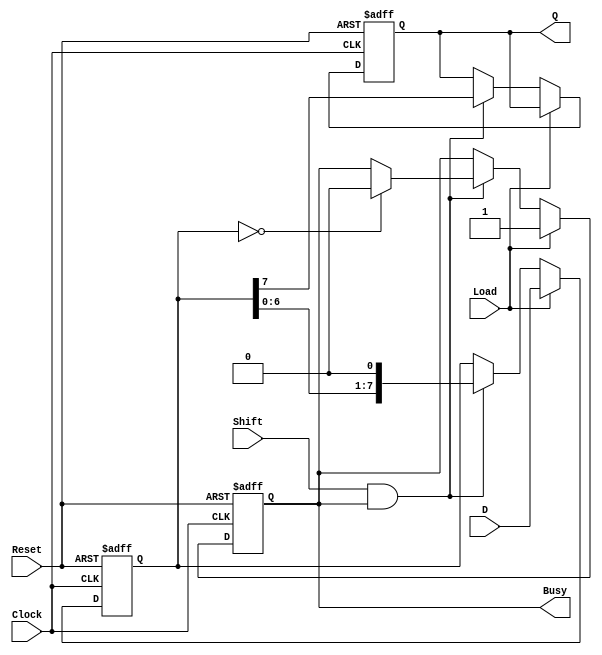
module PISO_Register (
    input wire [7:0] D,          // 8-bit parallel data input
    input wire Load,             // Load control signal
    input wire Shift,            // Shift control signal
    input wire Clock,            // Clock signal
    input wire Reset,            // Reset signal
    output reg Q,                // Serial output
    output reg Busy              // Indicates if shifting is in progress
);

    reg [7:0] shift_reg;         // 8-bit shift register

    // Reset and Load operation
    always @(posedge Clock or posedge Reset) begin
        if (Reset) begin
            shift_reg <= 8'b0;    // Clear the shift register on reset
            Q <= 1'b0;            // Clear the output on reset
            Busy <= 1'b0;         // Not busy on reset
        end else if (Load) begin
            shift_reg <= D;       // Load the parallel data into the shift register
            Busy <= 1'b1;         // Indicate that the register is busy shifting
        end else if (Shift && Busy) begin
            Q <= shift_reg[7];    // Output the most significant bit
            shift_reg <= {shift_reg[6:0], 1'b0}; // Shift left (FIFO behavior)
            if (shift_reg == 8'b0) begin
                Busy <= 1'b0;     // Stop busy when all bits are shifted out
            end
        end
    end

endmodule